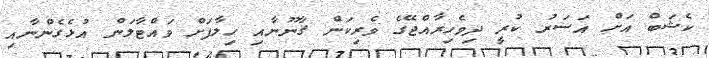
ކެޝަބް އަށް އަސަރު ކުރީ ދިވެހިރާއްޖޭގެ ވެރިކަން ޤާނޫނާއި ހިލާފަށް ވައްޓާލަން އުޅެގެންނާއި